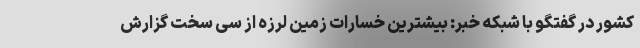
کشور در گفتگو با شبکه خبر: بیشترین خسارات زمین لرزه از سی سخت گزارش